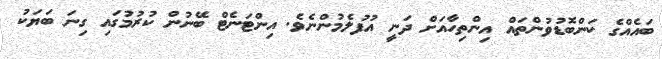
ބައެއްގެ ކަންބޮޑުވުންތައް އިންތިހާއަށް ދަނީ އުފުލެމުންނެވެ. އިންޓަނެޓް ބޭނުން ކުރުމުގައި ގިނަ ބަޔަކު